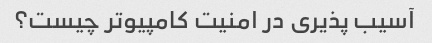
آسیب پذیری در امنیت کامپیوتر چیست؟